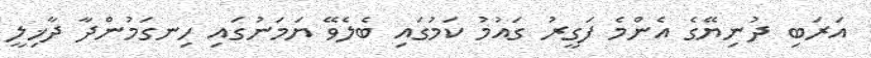
އަރަބި ދުނިޔޭގެ އެންމެ ފަގީރު ގައުމު ކަމުގައި ބެލެވޭ ޔަމަނުގައި ހިނގަމުންދާ ދާޚިލީ